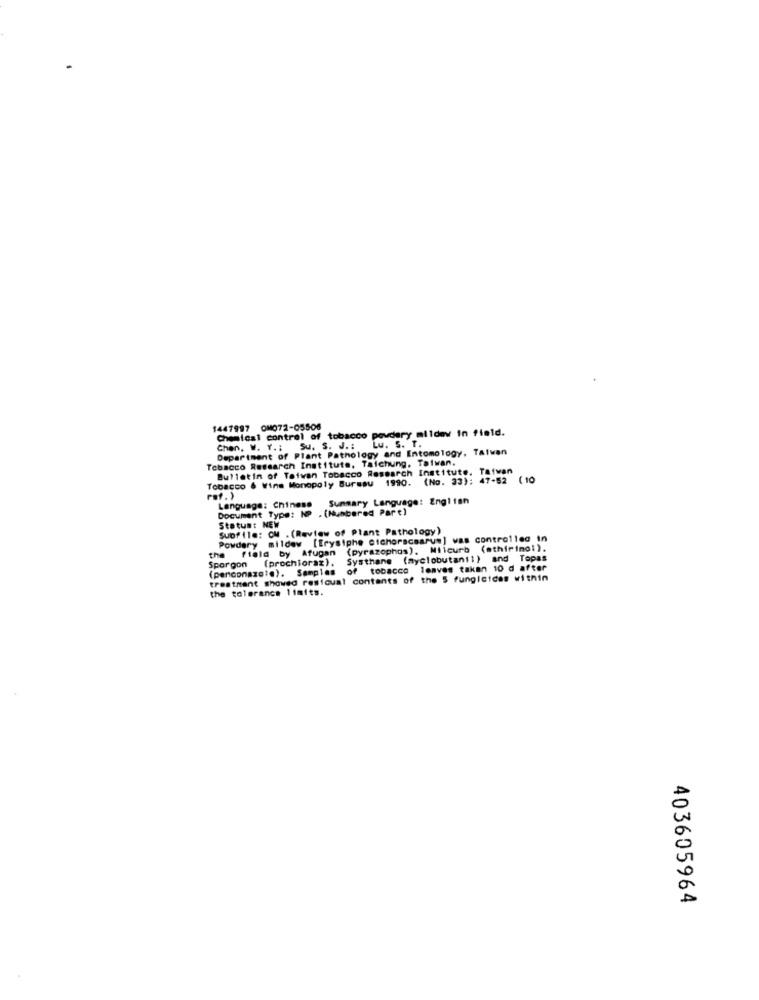
1447997 OM072-05506
Chemical control of tobacco powdery mildew in field.
Chen, W. Y .: Su. S. J .: Lu. S. T.
Department of Plant Pathology and Entomology, Taiwan
Tobacco Research Institute, Taichung, Taiwan.
Bulletin of Taiwan Tobacco Research Institute. Taiwan
Tobacco & Wine Monopoly Burssu 1990. (No. 33): 47-52 (10
Summary Language: English
Language: Chinese
Document Type: NP . (Numbered Part)
Status: NEW
Subfile: CM . (Review of Plant Pathology)
Powdery mildew [Erysiphe cichorscaarum] was controlleg In
. Fiala by Afugan (pyrazophos). Milcurb (athirimo:).
Sporgon (prochioraz). Systhane (myclobutanil) and Topas
of tobacco leaves taken 10 d after
treatment showed resicual contents of the S Fungicides within
the tolerance limits.
403605964